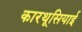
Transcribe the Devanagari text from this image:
कारथूसियाई